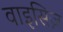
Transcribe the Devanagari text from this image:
वाइसिज़